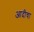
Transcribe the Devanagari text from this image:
आदीचा